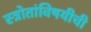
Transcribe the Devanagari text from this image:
स्त्रोतांविषयीची